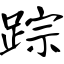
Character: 踪